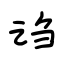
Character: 诌